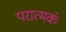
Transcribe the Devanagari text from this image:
परात्मकं